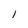
Character: l